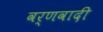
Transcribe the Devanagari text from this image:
वर्णवादी